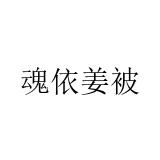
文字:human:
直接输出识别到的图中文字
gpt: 魂依姜被